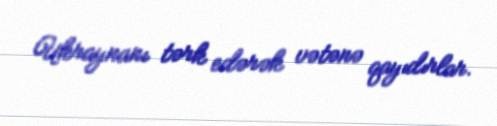
Ukraynanı tərk edərək vətənə qayıdırlar.